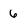
Character: 6